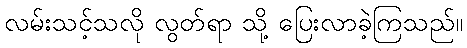
လမ်းသင့်သလို လွတ်ရာ သို့ ပြေးလာခဲ့ကြသည်။